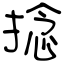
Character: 捻